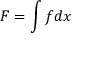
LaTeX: F = \int f d x